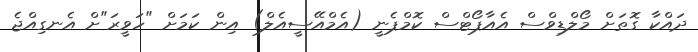
ދައްކާ ގޮތަށް މޯލްޑިވްސް އެއާޕޯޓްސް ކޮމްޕެނީ (އެމްއޭސީއެލް) އިން ކަމަށް "ހަވީރަ"ށް އެނގިއްޖެ